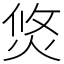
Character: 焂